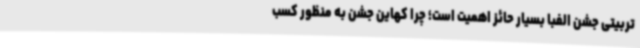
تربیتی جشن الفبا بسیار حائز اهمیت است؛ چرا کهاین جشن به منظور کسب